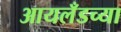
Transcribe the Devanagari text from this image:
आयलँडच्या